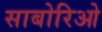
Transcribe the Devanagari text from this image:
साबोरिओ